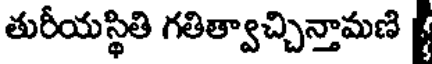
తురీయస్థితి గతిత్వాచ్చిన్తామణి